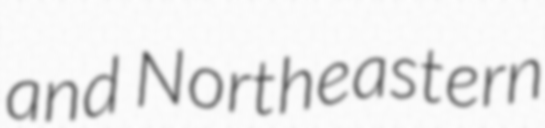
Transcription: and Northeastern